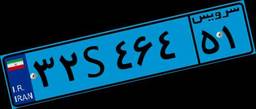
۳۲S۴۶۴۵۱